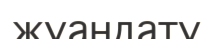
жуандату